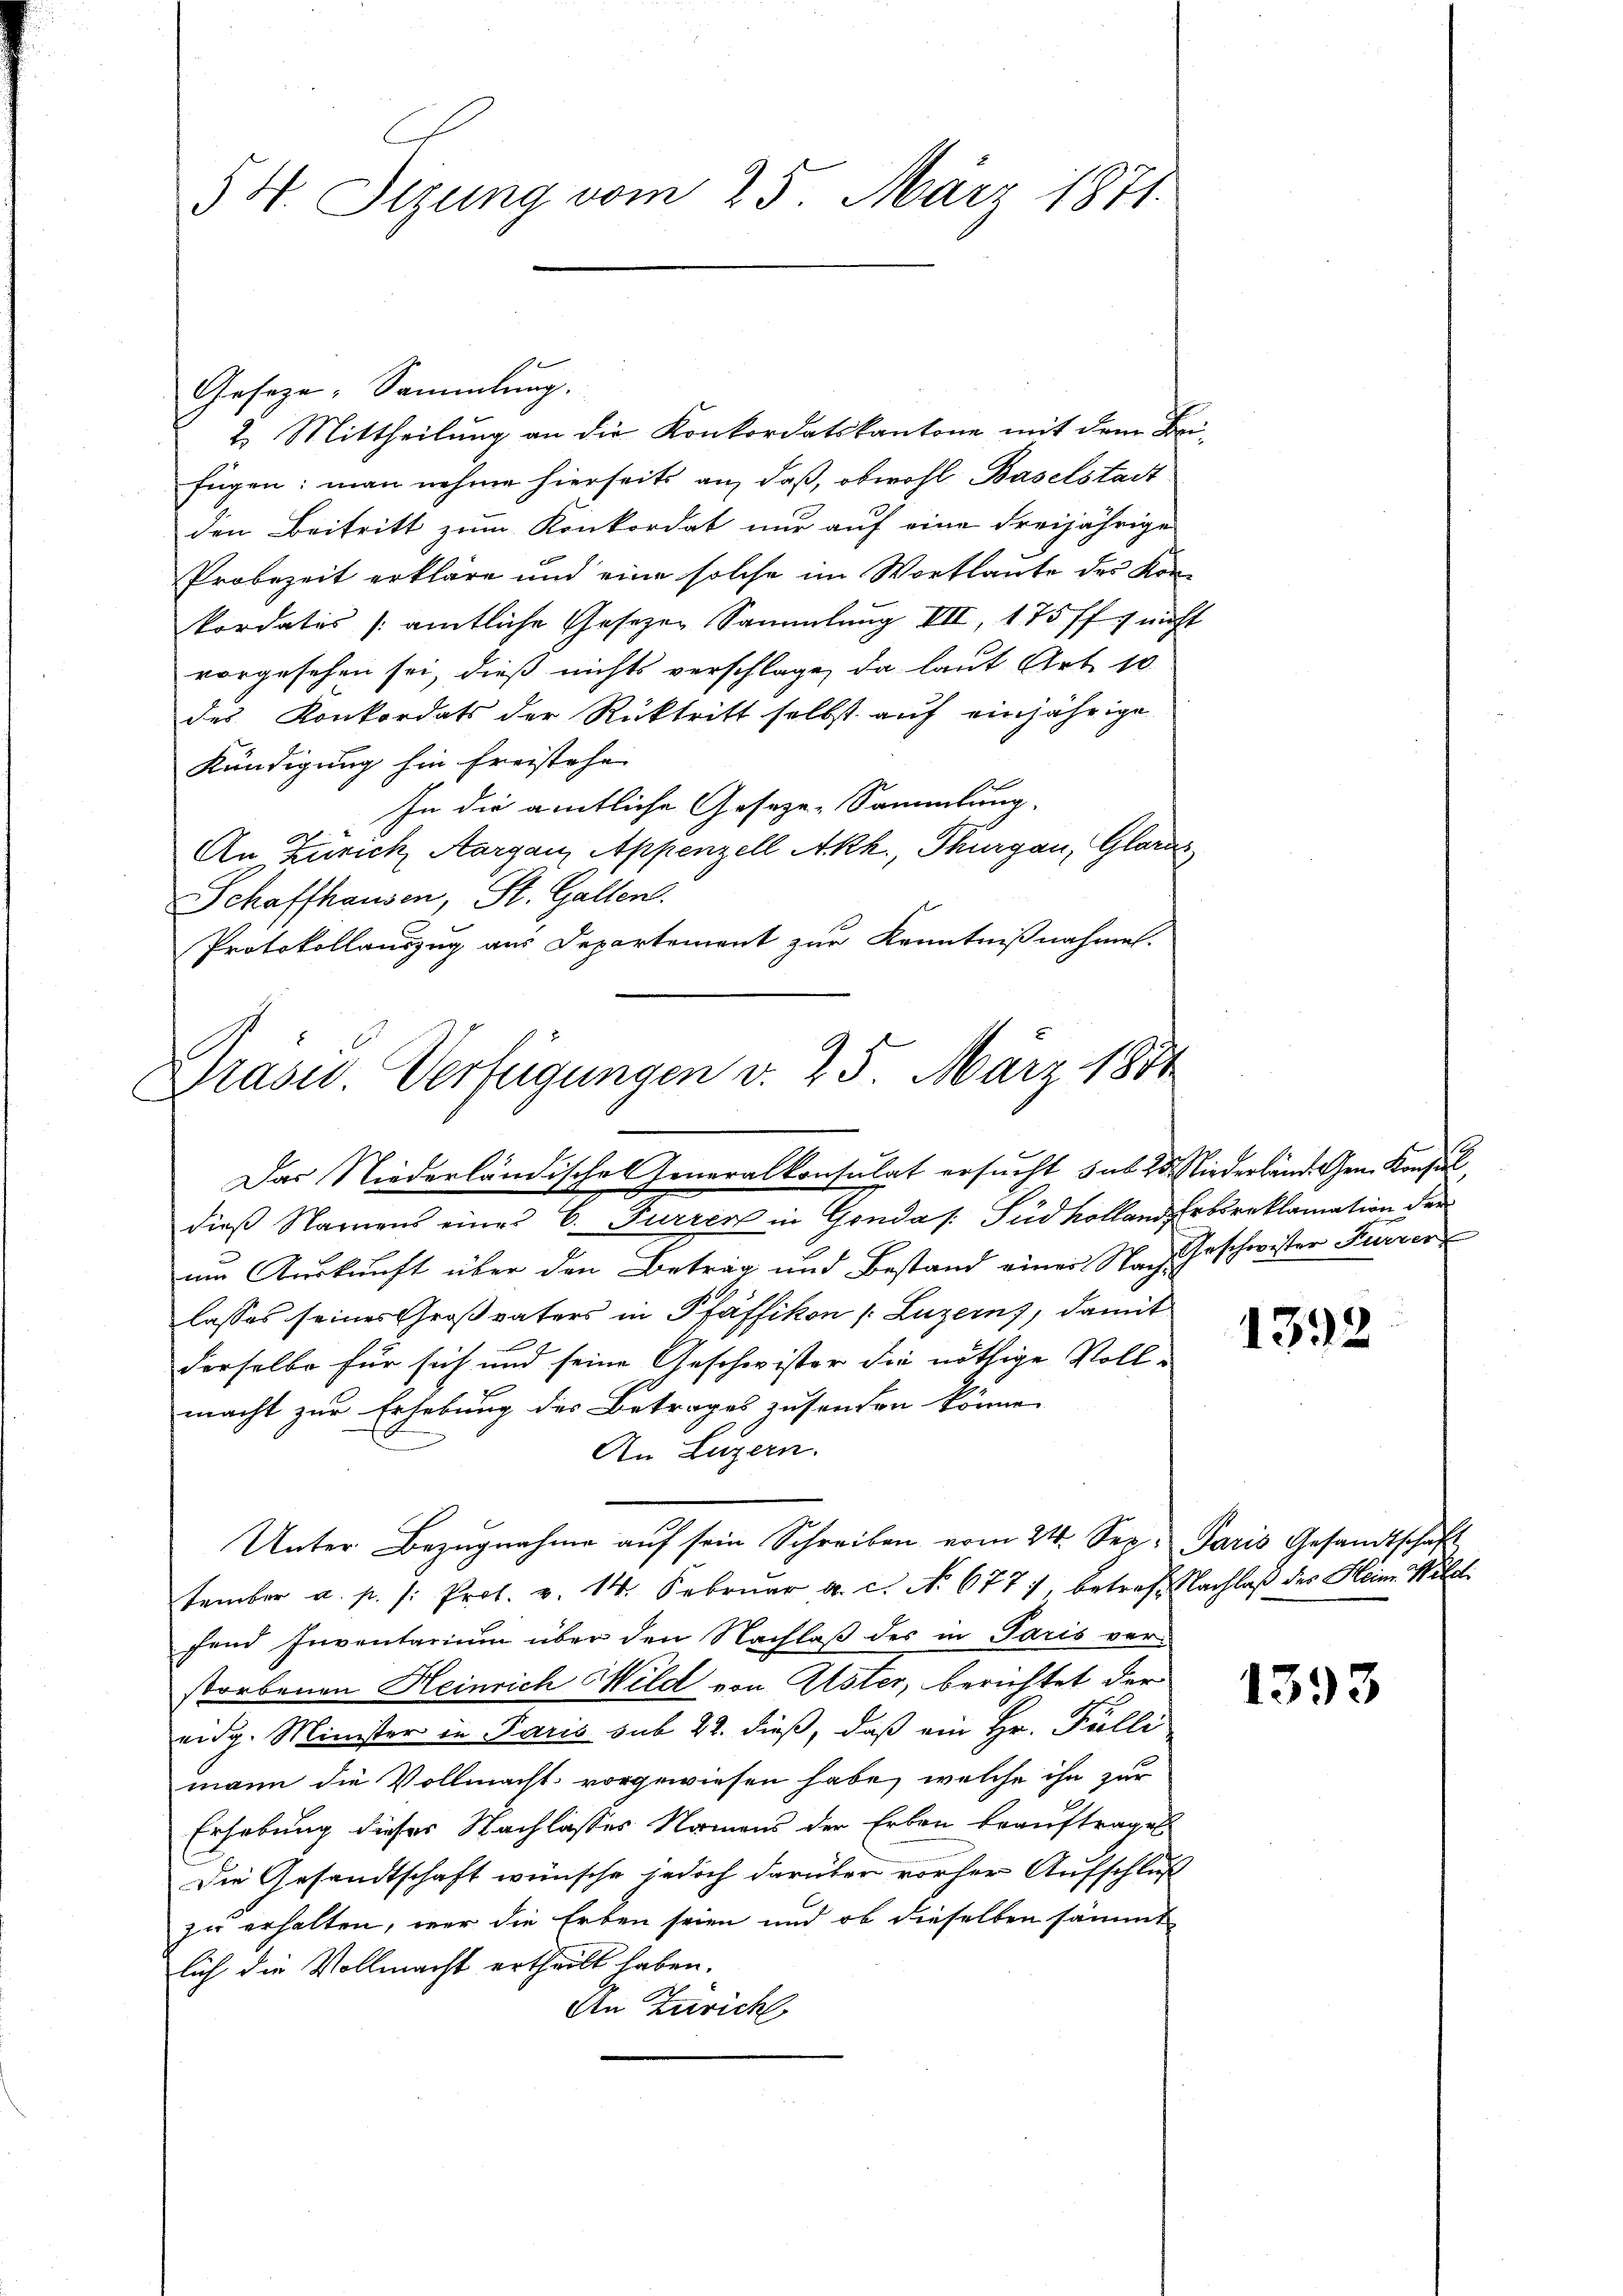
54. Sizung vom 25. März 1871.

2. Mittheilung an die Konkordatskantone mit dem Beifügen: man nehme hierseits an, daß, obwohl Baselstadt
den Beitritt zum Konkordat nur auf eine Freijährige
Probezeit erkläre und eine solche im Wortlaute des Konkordates (amtliche Gesezen Sammlung VII, 175 ff. 4 nicht
vorgesehen sei, dieß nichts verschlage, da laut Art. 10
des Konkordats der Rücktritt selbst auf einjährige
Kündigung hin freistehe
In die amtliche Geseze-Sammlung.
An Zürich, Aargau, Appenzell Akh., Thurgau, Glarus
Schaffhausen, St. Gallen.
Protokollauszug aus Departement zur Kenntnißnahmen.

Geseze, Sammlung.

Drasu. Verfügungen v. 25. März 1851
Das Niederländische Generalkonsulat ersucht sub 15. Niederländ. Gen. Konsul,

dieß Namens eines C. Furrer in Gonda /: Pud Kolland Erbsreklamation der
um Auskunft über den Betrag und Bestand einer Nach Geschwister Feuerer
lasses seines Großvaters in Pfäffikon /: Luzern, damit
derselbe für sich und seine Geschwister die nöthige Voll-
macht zur Erhebung des Betrages zusenden könne.
An Luzern.
tember a. p. /: Prof. v. 14. Febrŭar a. c. No. 677, betref Nachlaß des Heim Wild
fend Inventarium über den Nachlaß des in Paris ver-
storbenen Heinrich Wild von Elster, berichtet der
eidg. Minister in Paris sub 22. dieß, daß ein Hr. Palli
mann die Vollmacht vorgewiesen habe, welche ihn zur
Erhebung dieses Nachlasses Namens der Erben beauftraget
Die Gesandtschaft wünsche jedoch darüber vorher Aufschluß
zu erhalten, wer die Erben seien und ob dieselben sämmt
lich die Vollmacht ertheilt haben.
An Zürich

Unter Bezŭgnahme aŭf sein Schreiben vom 24. Sep. Paris Gesandtschaft

1392

1393